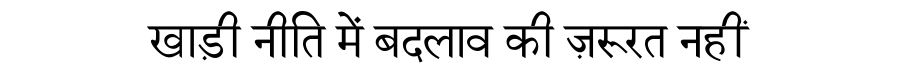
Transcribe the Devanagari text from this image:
खाड़ी नीति में बदलाव की ज़रूरत नहीं